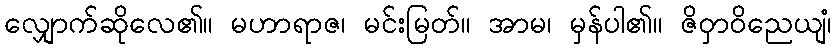
လျှောက်ဆိုလေ၏။ မဟာရာဇ၊ မင်းမြတ်။ အာမ၊ မှန်ပါ၏။ ဇိဝှာဝိညေယျံ၊